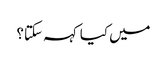
میں کیا کہہ سکتا؟